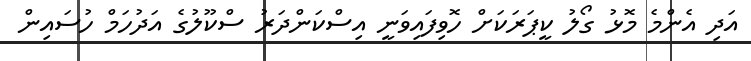
އަދި އެންމެ މޮޅު ގޯލު ކީޕަރަކަށް ހޮވިފައިވަނީ އިސްކަންދަރު ސްކޫލުގެ އަދުހަމް ހުސައިން